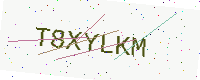
Text: T8XYLKM